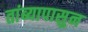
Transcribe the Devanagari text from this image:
तांब्यापासुन